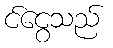
င်ငွေသည်